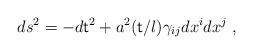
LaTeX: \begin{align*}ds^2=-d{\sf t}^2+a^2({\sf t}/l)\gamma_{ij}dx^idx^j\;,\end{align*}